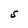
Character: S